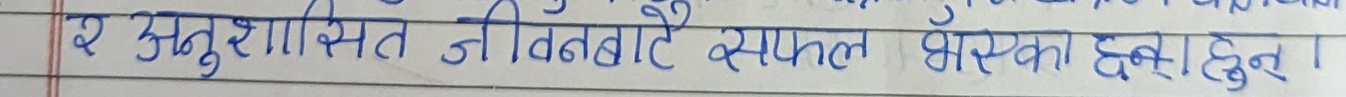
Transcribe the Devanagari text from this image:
र अनुशासित जीवनबाटै सफल भईँन सकिन्छ।